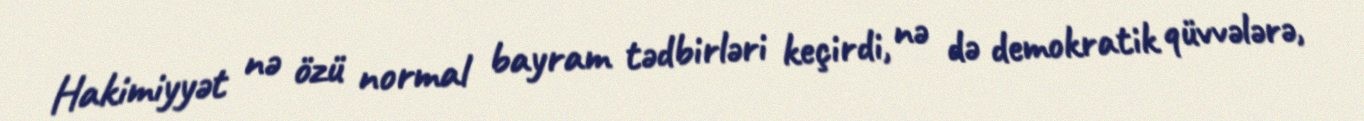
Hakimiyyət nə özü normal bayram tədbirləri keçirdi, nə də demokratik qüvvələrə,